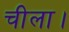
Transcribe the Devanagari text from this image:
चीला।